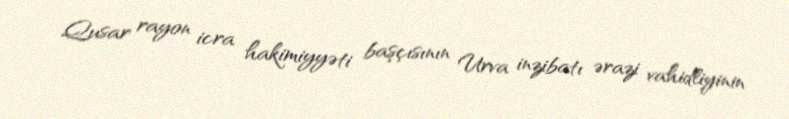
Qusar rayon icra hakimiyyəti başçısının Urva inzibatı ərazi vahidliyinin